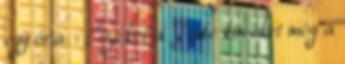
egy óra. : Ezeket a Jade köveket még a